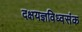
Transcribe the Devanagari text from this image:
दक्षयज्ञविध्वसंक